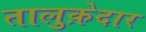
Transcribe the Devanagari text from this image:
तालुक़ेदार